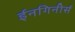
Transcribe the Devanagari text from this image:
ईनगिनीर्स